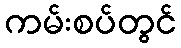
ကမ်းစပ်တွင်